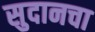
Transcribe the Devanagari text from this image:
सुदानचा